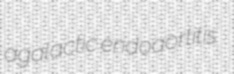
agalactic endoaortitis